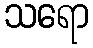
သရော